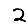
Digit: 2